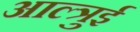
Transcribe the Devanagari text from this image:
आल्त्रुई